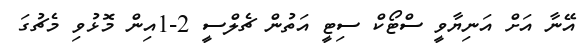
އޭނާ އަށް އަނިޔާވީ ސްޓޯކް ސިޓީ އަތުން ޗެލްސީ 2-1އިން މޮޅުވި މެޗުގަ